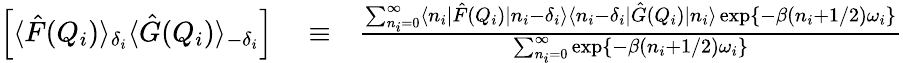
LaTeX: \begin{array}{rlr}{\left[\langle\hat{F}(Q_{i})\rangle_{\delta_{i}}\langle\hat{G}(Q_{i})\rangle_{-\delta_{i}}\right]}&{{}\equiv}&{\frac{\sum_{n_{i}=0}^{\infty}\langle n_{i}|\hat{F}(Q_{i})|n_{i}-\delta_{i}\rangle\langle n_{i}-\delta_{i}|\hat{G}(Q_{i})|n_{i}\rangle\exp\left\{ -\beta(n_{i}+1/2)\omega_{i}\right\} }{\sum_{n_{i}=0}^{\infty}\exp\left\{ -\beta(n_{i}+1/2)\omega_{i}\right\} }}\end{array}